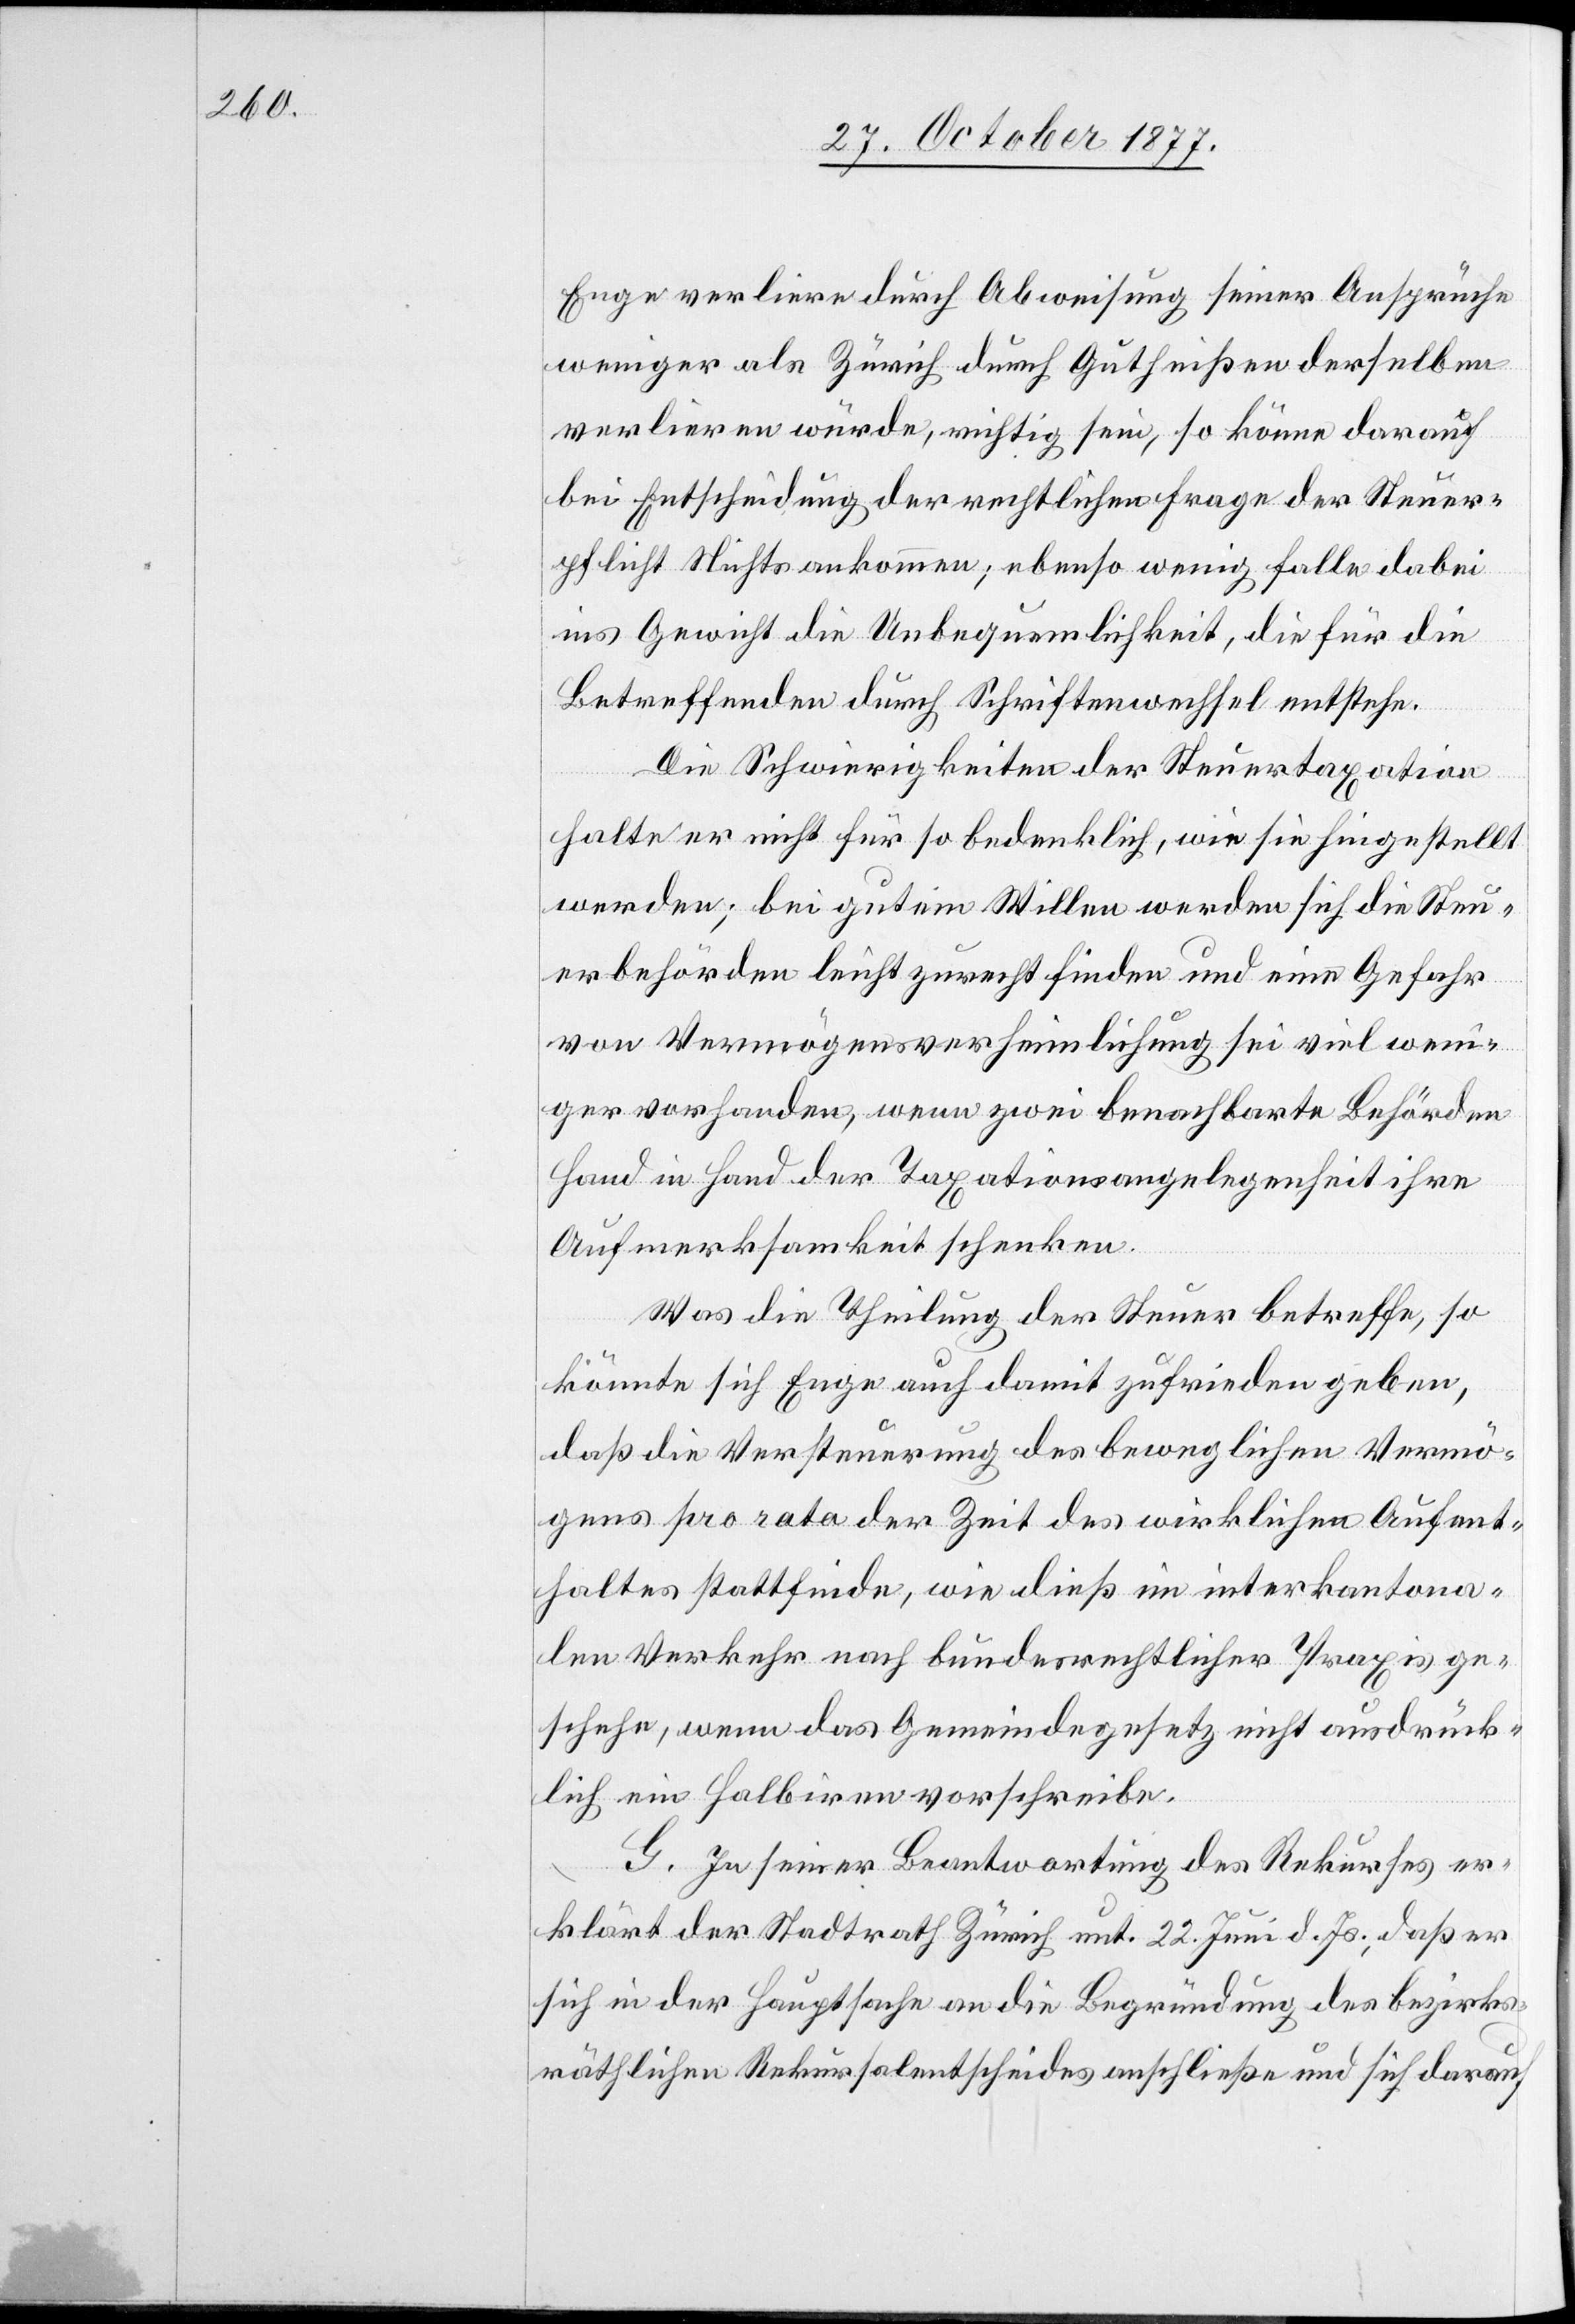
Enge verliere durch Abweisung seiner Ansprüche
weniger als Zürich durch Gutheißen derselben
verlieren würde, richtig sein, so könne darauf
bei Entscheidung der rechtlichen Frage der Steuer¬
pflicht Nichts ankommen; ebenso wenig falle dabei
ins Gewicht die Unbequemlichkeit, die für die
Betreffenden durch Schriftenwechsel entstehe.
Die Schwierigkeiten der Steuertaxation
halte er nicht für so bedenklich, wie sie hingestellt
werden; bei gutem Willen werden sich die Steu¬
erbehörden leicht zurecht finden und eine Gefahr
von Vermögensverheimlichung sei viel wen¬
iger vorhanden, wenn zwei benachbarte Behörden
Hand in Hand der Taxationsangelegenheit ihre
Aufmerksamkeit schenken.
Was die Theilung der Steuer betreffe, so
könnte sich Enge auch damit zufrieden geben,
daß die Versteuerung des beweglichen Vermö¬
gens pro rata der Zeit des wirklichen Aufent¬
haltes stattfinde, wie dieß im interkantona¬
len Verkehr nach bundesrechtlicher Praxis ge¬
schehe, wenn das Gemeindegesetz nicht ausdrück¬
lich ein Halbiren vorschreibe.
G. In seiner Beantwortung des Rekurses er¬
klärt der Stadtrath Zürich unt. 22. Juni d. Js., daß er
sich in der Hauptsache an die Begründung des bezirks¬
räthlichen Rekursalentscheides anschließe und sich darauf